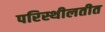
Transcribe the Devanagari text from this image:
परिस्थीलतीत